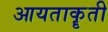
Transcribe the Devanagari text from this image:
आयताकॄती